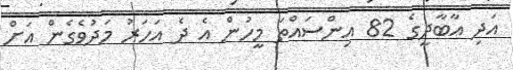
އަދި އާބާދީގެ 82 އިންސައްތަ މީހުން އެ ދެ އަހަރު މަދުވެގެން އަށް